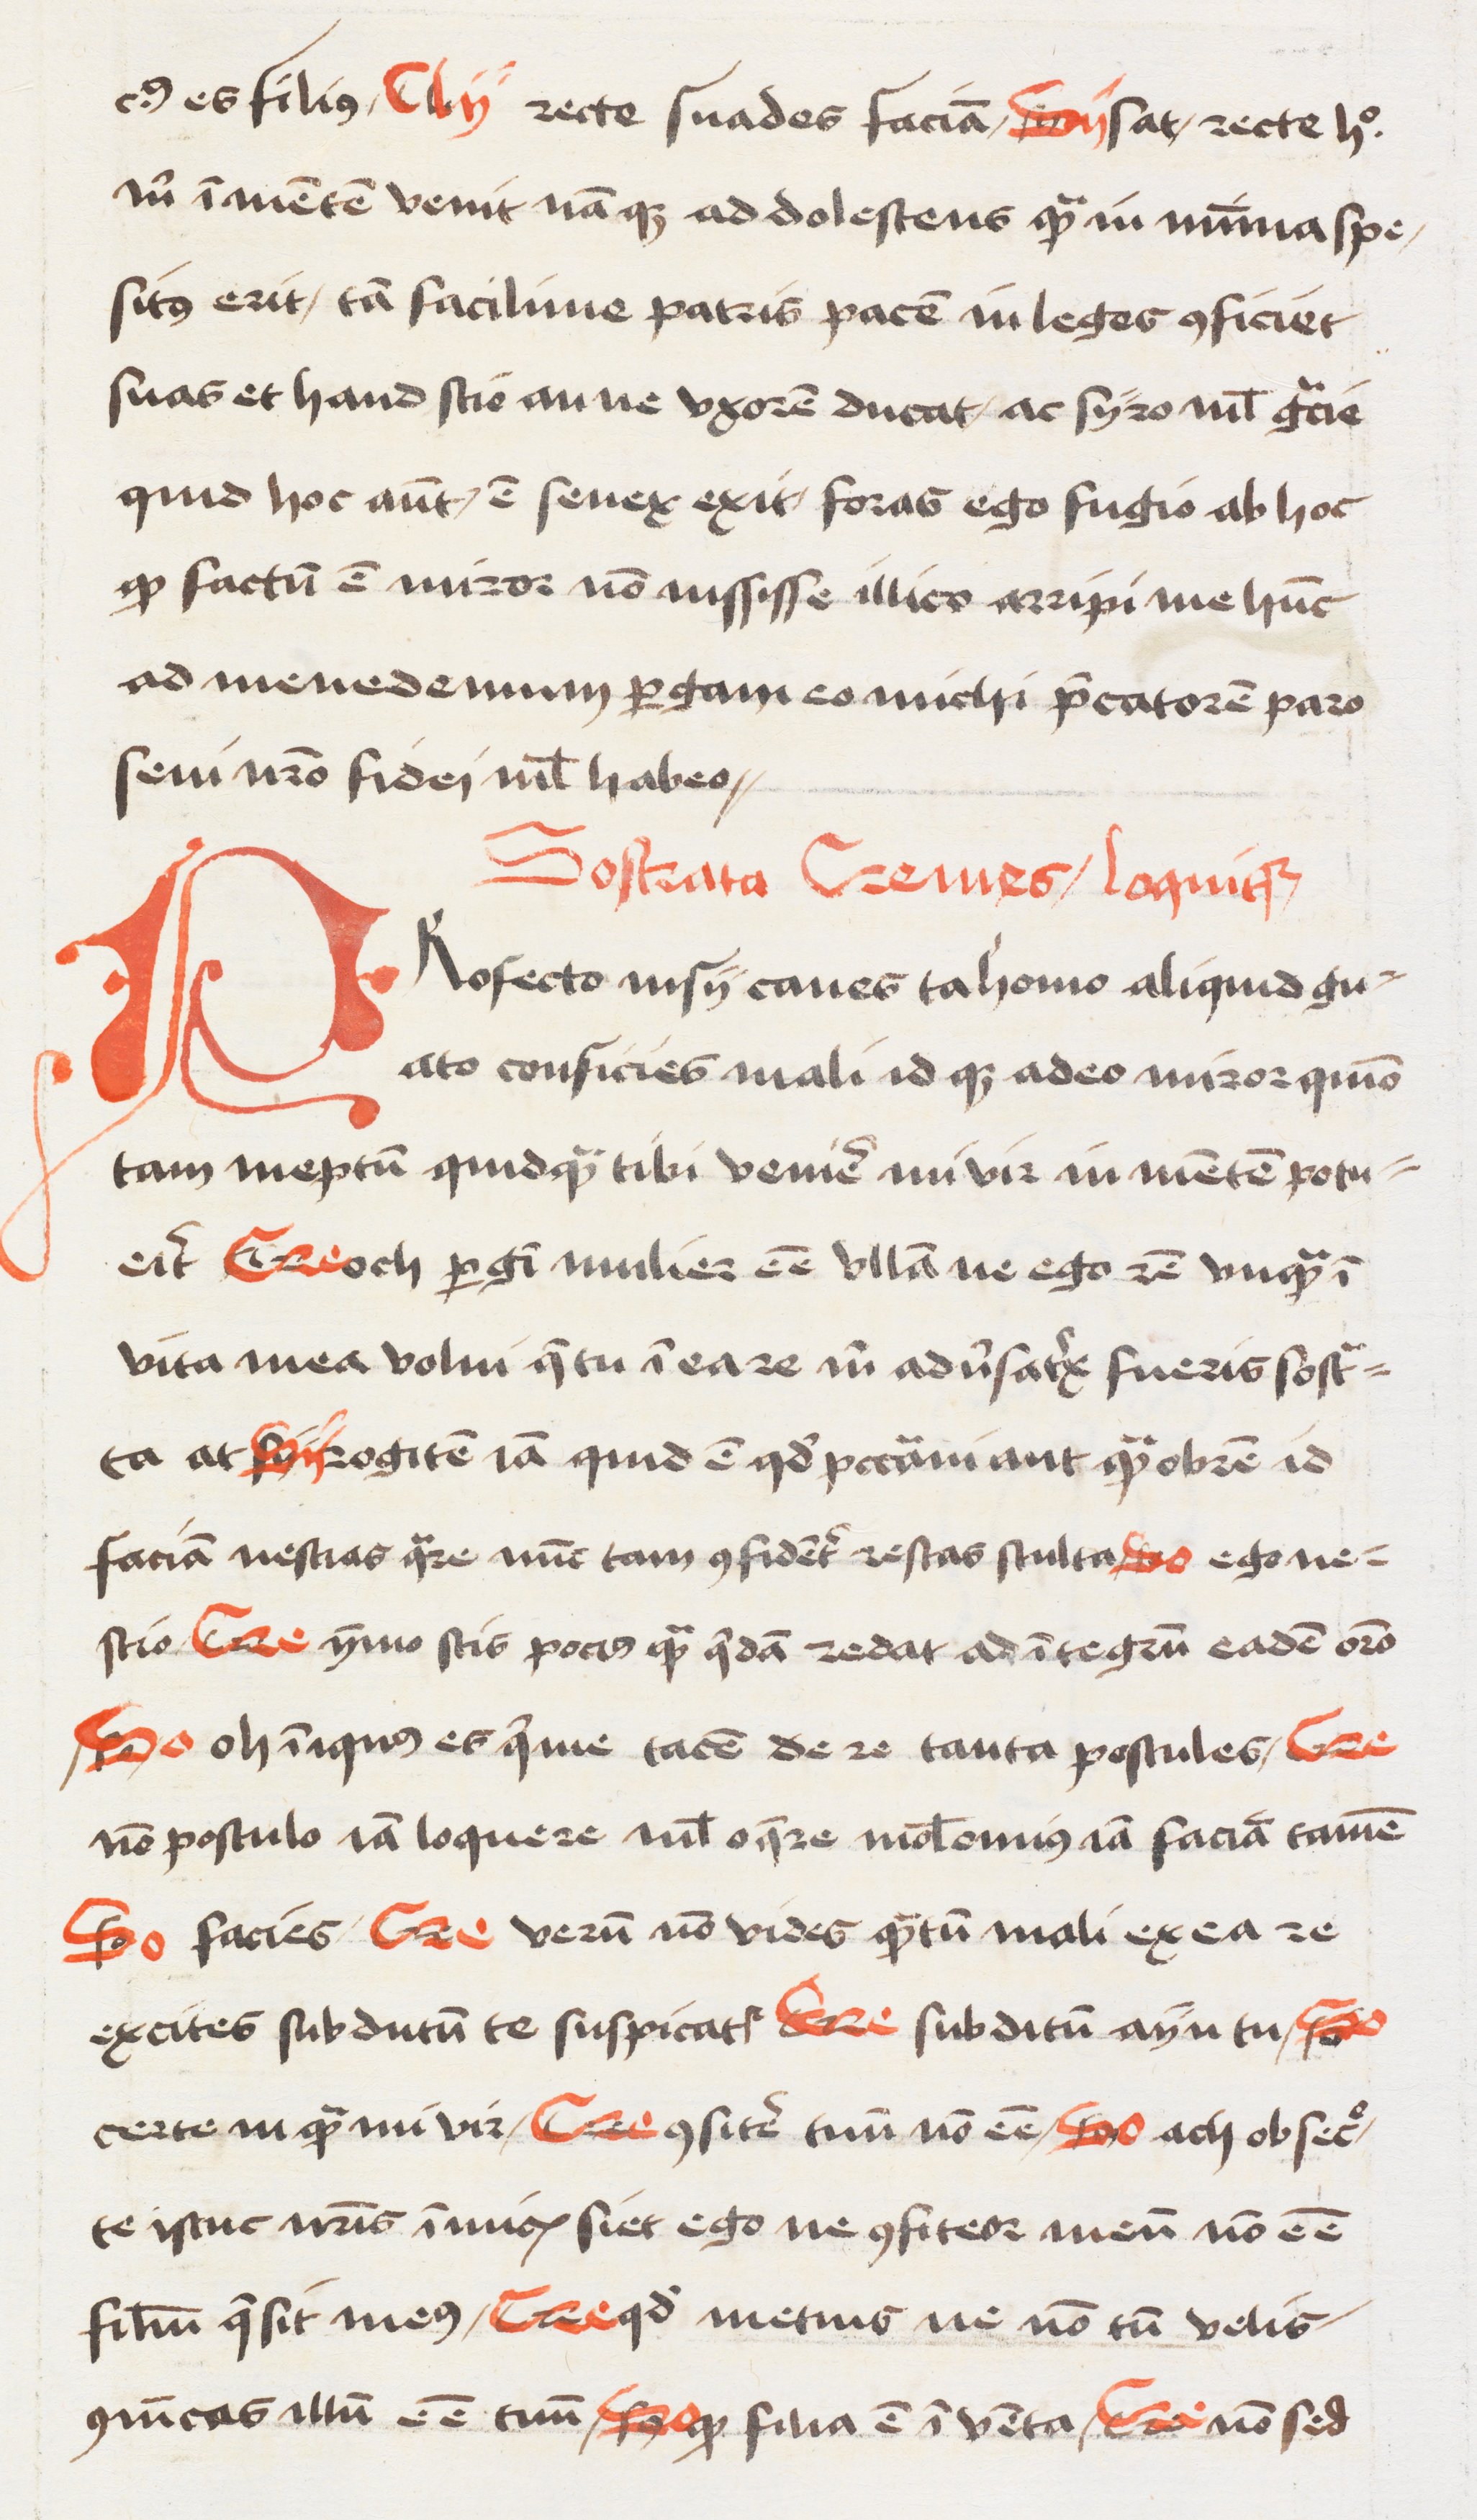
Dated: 1472–1477